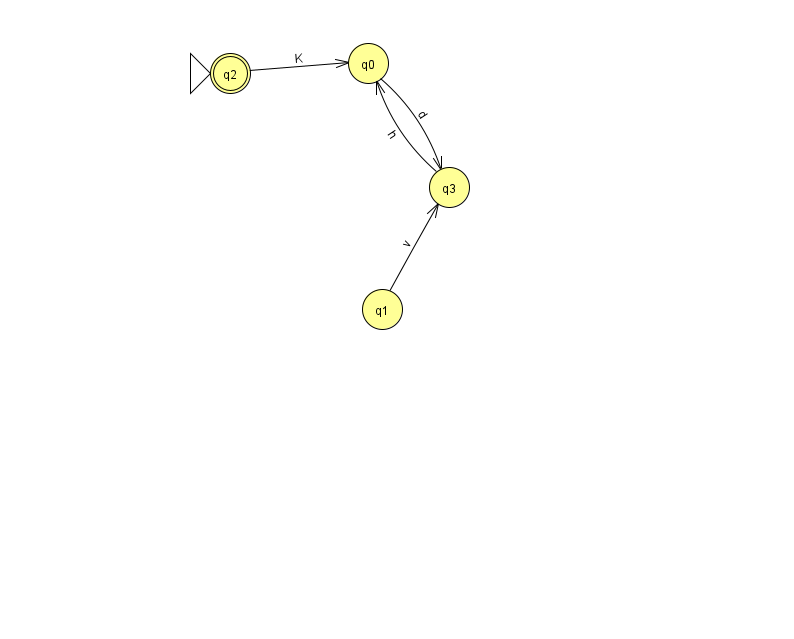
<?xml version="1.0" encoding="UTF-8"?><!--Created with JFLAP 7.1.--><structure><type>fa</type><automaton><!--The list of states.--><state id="0" name="q0"><x>368.0</x><y>50.0</y></state><state id="1" name="q1"><x>382.0</x><y>296.0</y></state><state id="2" name="q2"><x>230.0</x><y>60.0</y><initial/><final/></state><state id="3" name="q3"><x>449.0</x><y>174.0</y></state><!--The list of transitions.--><transition><from>1</from><to>3</to><read>v</read></transition><transition><from>3</from><to>0</to><read>h</read></transition><transition><from>2</from><to>0</to><read>K</read></transition><transition><from>0</from><to>3</to><read>d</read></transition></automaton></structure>